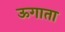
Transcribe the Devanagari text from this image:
ऊगाता